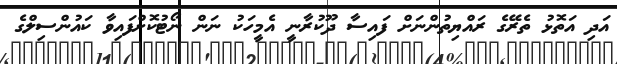
އަދި އަތޮޅު ތެރޭގެ ރައްޔިތުންނަށް ފައިސާ ދޫކުރާނީ އެމީހަކު ނަން ނޯޓުކޮށްފައިވާ ކައުންސިލްގެ